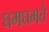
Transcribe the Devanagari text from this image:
घमघमते